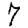
Digit: 7